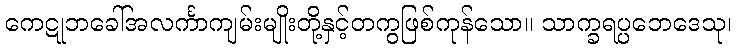
ကေဋုဘခေါ်အလင်္ကာကျမ်းမျိုးတို့နှင့်တကွဖြစ်ကုန်သော။ သာက္ခရပ္ပဘေဒေသု၊